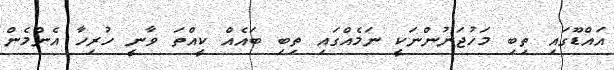
އައްޑޫގައި ތިބި މަހުޖަނުންނަކީ ނަމެއްގައި ތިބި ބައެއް ކީއްތަ ވާނީ ހުރިހާ އެންމެން